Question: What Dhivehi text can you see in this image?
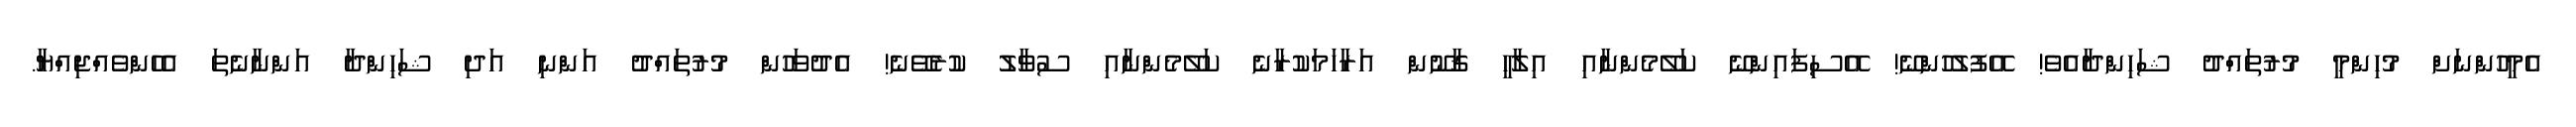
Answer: އެމީހުންނަށް މުހިންމީ މުރުތައްދު ޝަހިންދާއެވެ! އޭފުލުހުންނޭ! އޭސިފައިންނޭ ކަލޭމެންނާއި އިލާހީ ޤާނޫން އަރާހަމަކުރާނެ ކަލޭމެންނާއި ސުވާލު ކުރެވޭނެ! އެދުވަހުން މުރުތައްދު އަންނި އަދި ޝަހިންދާ އަންނާނެތަ އެހެންވެއްޖިއްޔާ.